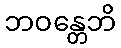
ဘဝန္တေဘိ